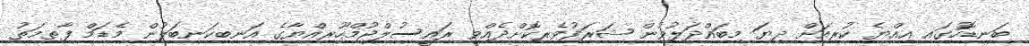
ބަނޑޮހުގައި އިއްޔެ ކުރިއަށް ދިޔަ މިބައްދަލުވުން ޝަރަފުވެރިކޮށްދެއްވީ ރައީސުލްޖުމްހޫރިއްޔާގެ އަނބިކަނބަލުން މެޑަމް ފާތިމަތު